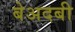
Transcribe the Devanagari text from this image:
बेअदबी